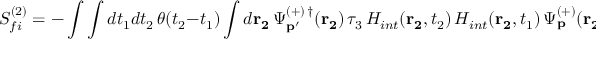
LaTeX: S _ { f i } ^ { ( 2 ) } = - \int \int d t _ { 1 } d t _ { 2 } \, \theta ( t _ { 2 } - t _ { 1 } ) \int d { \bf r _ { 2 } } \, \Psi _ { { \bf p ^ { \prime } } } ^ { ( + ) \, \dagger } ( { \bf r _ { 2 } } ) \, \tau _ { 3 } \, H _ { i n t } ( { \bf r _ { 2 } } , t _ { 2 } ) \, H _ { i n t } ( { \bf r _ { 2 } } , t _ { 1 } ) \, \Psi _ { { \bf p } } ^ { ( + ) } ( { \bf r _ { 2 } } ) \; ,